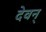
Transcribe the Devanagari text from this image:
देवन्